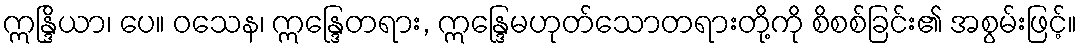
ဣန္ဒြိယာ၊ ပေ။ ဝသေန၊ ဣန္ဒြေတရား, ဣန္ဒြေမဟုတ်သောတရားတို့ကို စိစစ်ခြင်း၏ အစွမ်းဖြင့်။